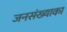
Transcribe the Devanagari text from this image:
जनसंख्याका